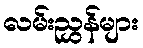
လမ်းညွှန်များ